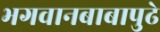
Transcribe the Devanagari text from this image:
भगवानबाबापुढे